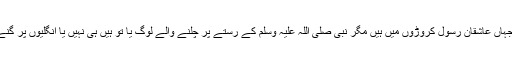
اس ملک میں ، جہاں عاشقانِ رسولؐ کروڑوں میں ہیں مگر نبی صلی اللہ علیہ وسلم کے رستے پر چلنے والے لوگ یا تو ہیں ہی نہیں یا انگلیوں پر گنے جا سکتے ہیں۔